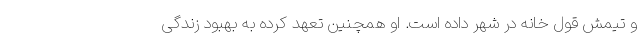
و تیمش قول خانه در شهر داده است. او همچنین تعهد کرده به بهبود زندگی